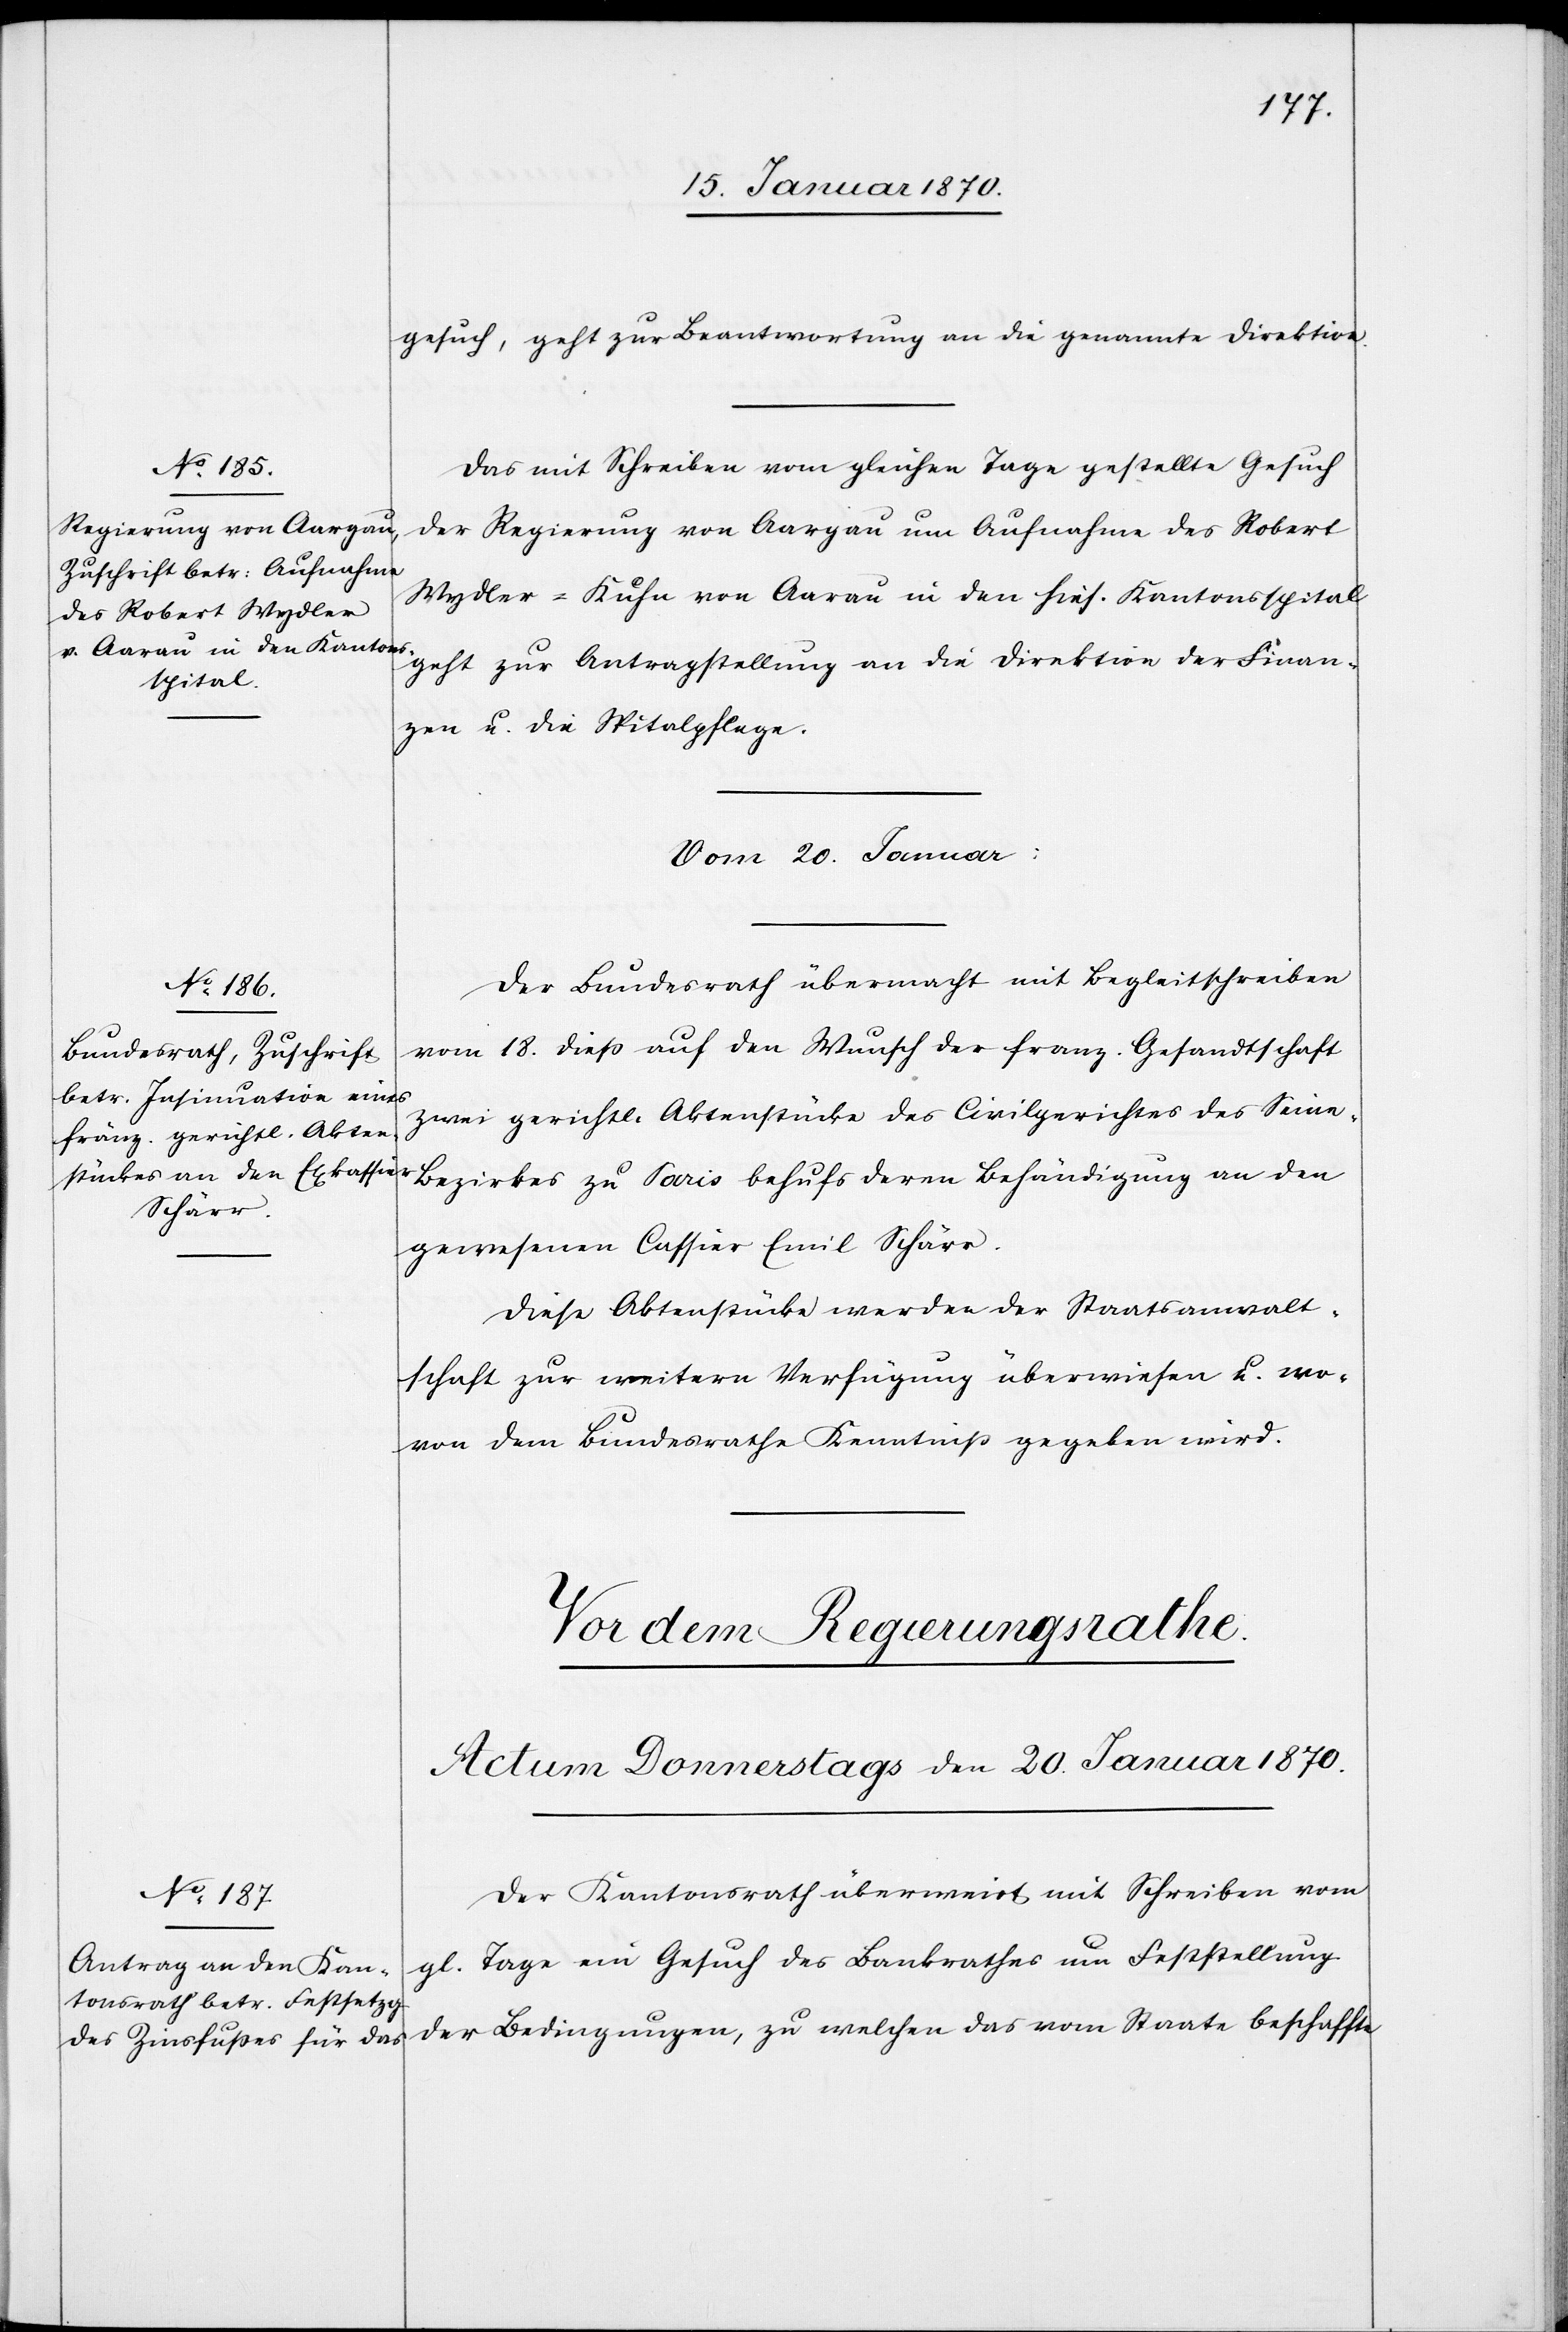
gesuch, geht zur Beantwortung an die genannte Direktion.
Das mit Schreiben vom gleichen Tage gestellte Gesuch
der Regierung von Aargau um Aufnahme des Robert
Wydler-Kuhn von Aarau in den hies. Kantonsspital
geht zur Antragstellung an die Direktion der Finan¬
zen u. die Spitalpflege.
Vom 20. Januar:]
Der Bundesrath übermacht mit Begleitschreiben
vom 18. dieß auf den Wunsch der franz. Gesandtschaft
zwei gerichtl. Aktenstücke des Civilgerichtes des Sein¬
e-Bezirkes zu Paris behufs deren Behändigung an den
gewesenen Cassier Emil Schärr.
Diese Aktenstücke werde der Staatsanwalt¬
schaft zur weitern Verfügung überwiesen u. wo¬
von dem Bundesrathe Kenntniß gegeben wird.
Der Kantonsrath überweist mit Schreiben vom
gl. Tage ein Gesuch des Bankrathes um Feststellung
der Bedingungen, zu welchen das vom Staate beschaffte